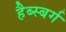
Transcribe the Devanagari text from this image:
हैब्स्बर्ग